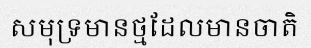
សមុទ្រមានថ្មដែលមានចាតិ